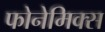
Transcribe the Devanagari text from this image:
फोनेमिक्स